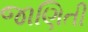
જાણિતી